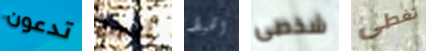
تدعون ابحث الخيط شخصى تغطى